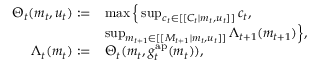
\begin{array} { r l } { \Theta _ { t } ( m _ { t } , u _ { t } ) : = } & { \operatorname* { m a x } \Big \{ \operatorname* { s u p } _ { c _ { t } \in [ [ C _ { t } | m _ { t } , u _ { t } ] ] } c _ { t } , } \\ & { \operatorname* { s u p } _ { m _ { t + 1 } \in [ [ M _ { t + 1 } | m _ { t } , u _ { t } ] ] } \Lambda _ { t + 1 } ( m _ { t + 1 } ) \Big \} , } \\ { \Lambda _ { t } ( m _ { t } ) : = } & { \Theta _ { t } ( m _ { t } , g _ { t } ^ { \mathrm { a p } } ( m _ { t } ) ) , } \end{array}